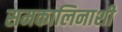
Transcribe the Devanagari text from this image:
समकालिनाशी